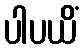
ပါပယိံ